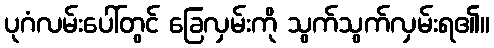
ပုဂံလမ်းပေါ်တွင် ခြေလှမ်းကို သွက်သွက်လှမ်းရ၏။